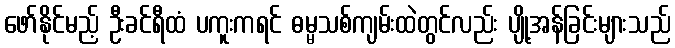
ဖော်နိုင်မည့် ဦးခင်ရီထံ ပကူးကရင် ဓမ္မသစ်ကျမ်းထဲတွင်လည်း ပျို့အန်ခြင်းများသည်